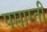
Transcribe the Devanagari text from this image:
पसारती